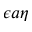
\epsilon a \eta